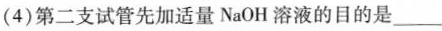
（4）第二支试管先加适量NaOH溶液的目的是___